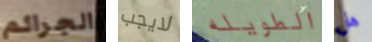
الجرائم لايجب الطويله هل